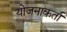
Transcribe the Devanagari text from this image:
योजनाकर्ता